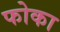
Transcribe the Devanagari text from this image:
फोका